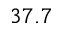
3 7 . 7